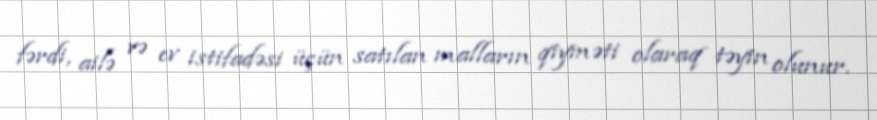
fərdi, ailə və ev istifadəsi üçün satılan malların qiyməti olaraq təyin olunur.